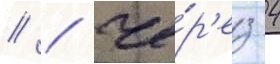
// / че́р'ез 4